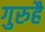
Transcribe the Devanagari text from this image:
गुरुहै